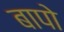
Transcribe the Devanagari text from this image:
बापो